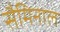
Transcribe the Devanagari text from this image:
सैमिनाल